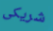
شريكى